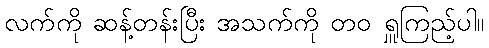
လက်ကို ဆန့်တန်းပြီး အသက်ကို တဝ ရှူကြည့်ပါ။